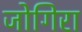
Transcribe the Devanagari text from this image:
जोगिरा